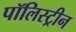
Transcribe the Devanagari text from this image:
पॉलिस्ट्रीन